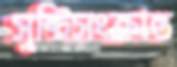
সৃষ্টিসংক্রান্ত